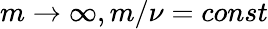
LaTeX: m\to\infty,m/\nu=const